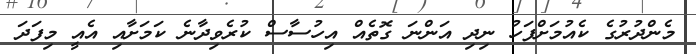
މެންދުރުގެ ކެއުމަށްފަހު ނިދި އަންނަ ގޮތެއް އިހުސާސް ކުރެވިދާނެ ކަމަށާއި އެއީ މިފަދަ